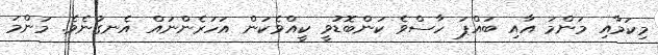
މިކަމާއި މަންމަ އާއި ބައްޕަ ހާސްވެ ކަންބޮޑުވީ ކީއްވެކަން އަހަރެންނައް އެނގުނެވެ. މަންމަ